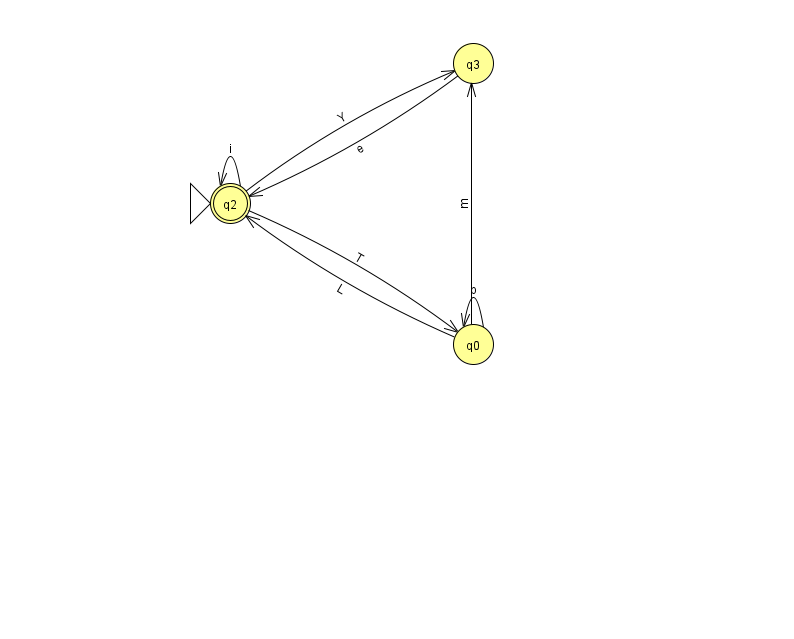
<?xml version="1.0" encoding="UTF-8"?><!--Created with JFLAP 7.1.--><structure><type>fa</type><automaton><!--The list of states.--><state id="0" name="q0"><x>473.0</x><y>331.0</y></state><state id="2" name="q2"><x>230.0</x><y>190.0</y><initial/><final/></state><state id="3" name="q3"><x>473.0</x><y>50.0</y></state><!--The list of transitions.--><transition><from>0</from><to>0</to><read>p</read></transition><transition><from>2</from><to>0</to><read>T</read></transition><transition><from>2</from><to>3</to><read>Y</read></transition><transition><from>0</from><to>3</to><read>m</read></transition><transition><from>3</from><to>2</to><read>e</read></transition><transition><from>0</from><to>2</to><read>L</read></transition><transition><from>2</from><to>2</to><read>i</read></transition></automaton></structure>